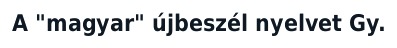
A "magyar" újbeszél nyelvet Gy.